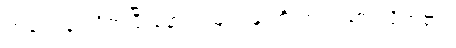
တချက်ရှုံ့လိုက်ပြီးနောက် မျက်နှာကို တင်းထားလိုက်၏။